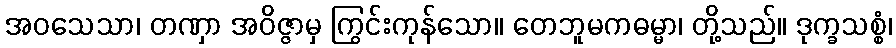
အဝသေသာ၊ တဏှာ အဝိဇ္ဇာမှ ကြွင်းကုန်သော။ တေဘူမကဓမ္မာ၊ တို့သည်။ ဒုက္ခသစ္စံ၊